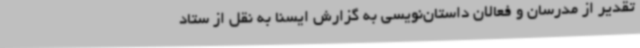
تقدیر از مدرسان و فعالان داستان‌نویسی به گزارش ایسنا به نقل از ستاد